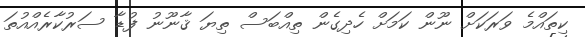
ކިތައްމެ ވަރަކަށް ނޫން ކަމަށް ހެދިގެން ތިއްބަސް ތިޔަ ޤާނޫނު ފުޑާ ސަރުކާރެއްއުތަ